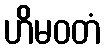
ဟိမဝတံ